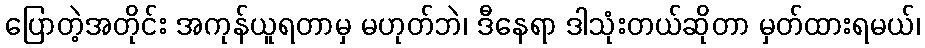
ပြောတဲ့အတိုင်း အကုန်ယူရတာမှ မဟုတ်ဘဲ၊ ဒီနေရာ ဒါသုံးတယ်ဆိုတာ မှတ်ထားရမယ်၊